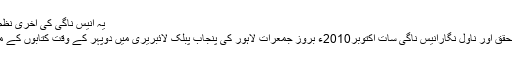
یہ انیس ناگی کی آخری نظم ہے، جو بعداز وفات اُن کی ڈائری میں سے دستیاب ہوئی
لگھ بھگ 50 کتابوں کے مصنف ،معروف شاعر،نقاد ، محقق اور ناول نگارانیس ناگی سات اکتوبر2010ء بروز جمعرات لاہور کی پنجاب پبلک لائبریری میں دوپہر کے وقت کتابوں کے مطالعے کے دوران دل کا دورہ پڑنے سے انتقال کر گئے۔